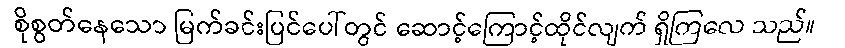
စိုစွတ်နေသော မြက်ခင်းပြင်ပေါ်တွင် ဆောင့်ကြောင့်ထိုင်လျက် ရှိကြလေ သည်။